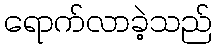
ရောက်လာခဲ့သည်